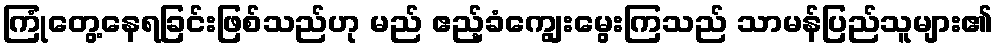
ကြုံတွေ့နေရခြင်းဖြစ်သည်ဟု မည် ဧည့်ခံကျွေးမွေးကြသည် သာမန်ပြည်သူများ၏